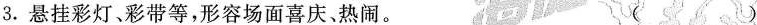
3.悬挂彩灯、彩带等，形容场面喜庆、热闹。 ( )